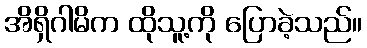
အိရှိဂါမိက ထိုသူ့ကို ပြောခဲ့သည်။